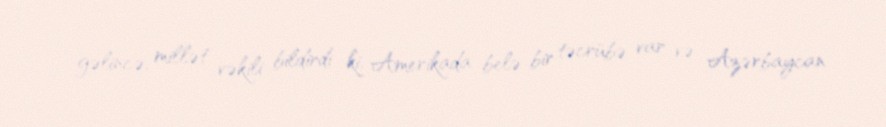
gəlincə, millət vəkili bildirdi ki, Amerikada belə bir təcrübə var və Azərbaycan